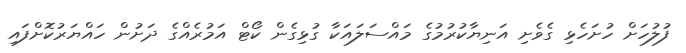
ފުލުހަށް ހުށަހެޅި ގެވެށި އަނިޔާކުރުމުގެ މައްސަލައަކާ ގުޅިގެން ކޯޓް އަމުރެއްގެ ދަށުން ހައްޔަރުކޮށްފައި